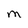
Character: M